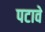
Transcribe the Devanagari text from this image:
पटावे